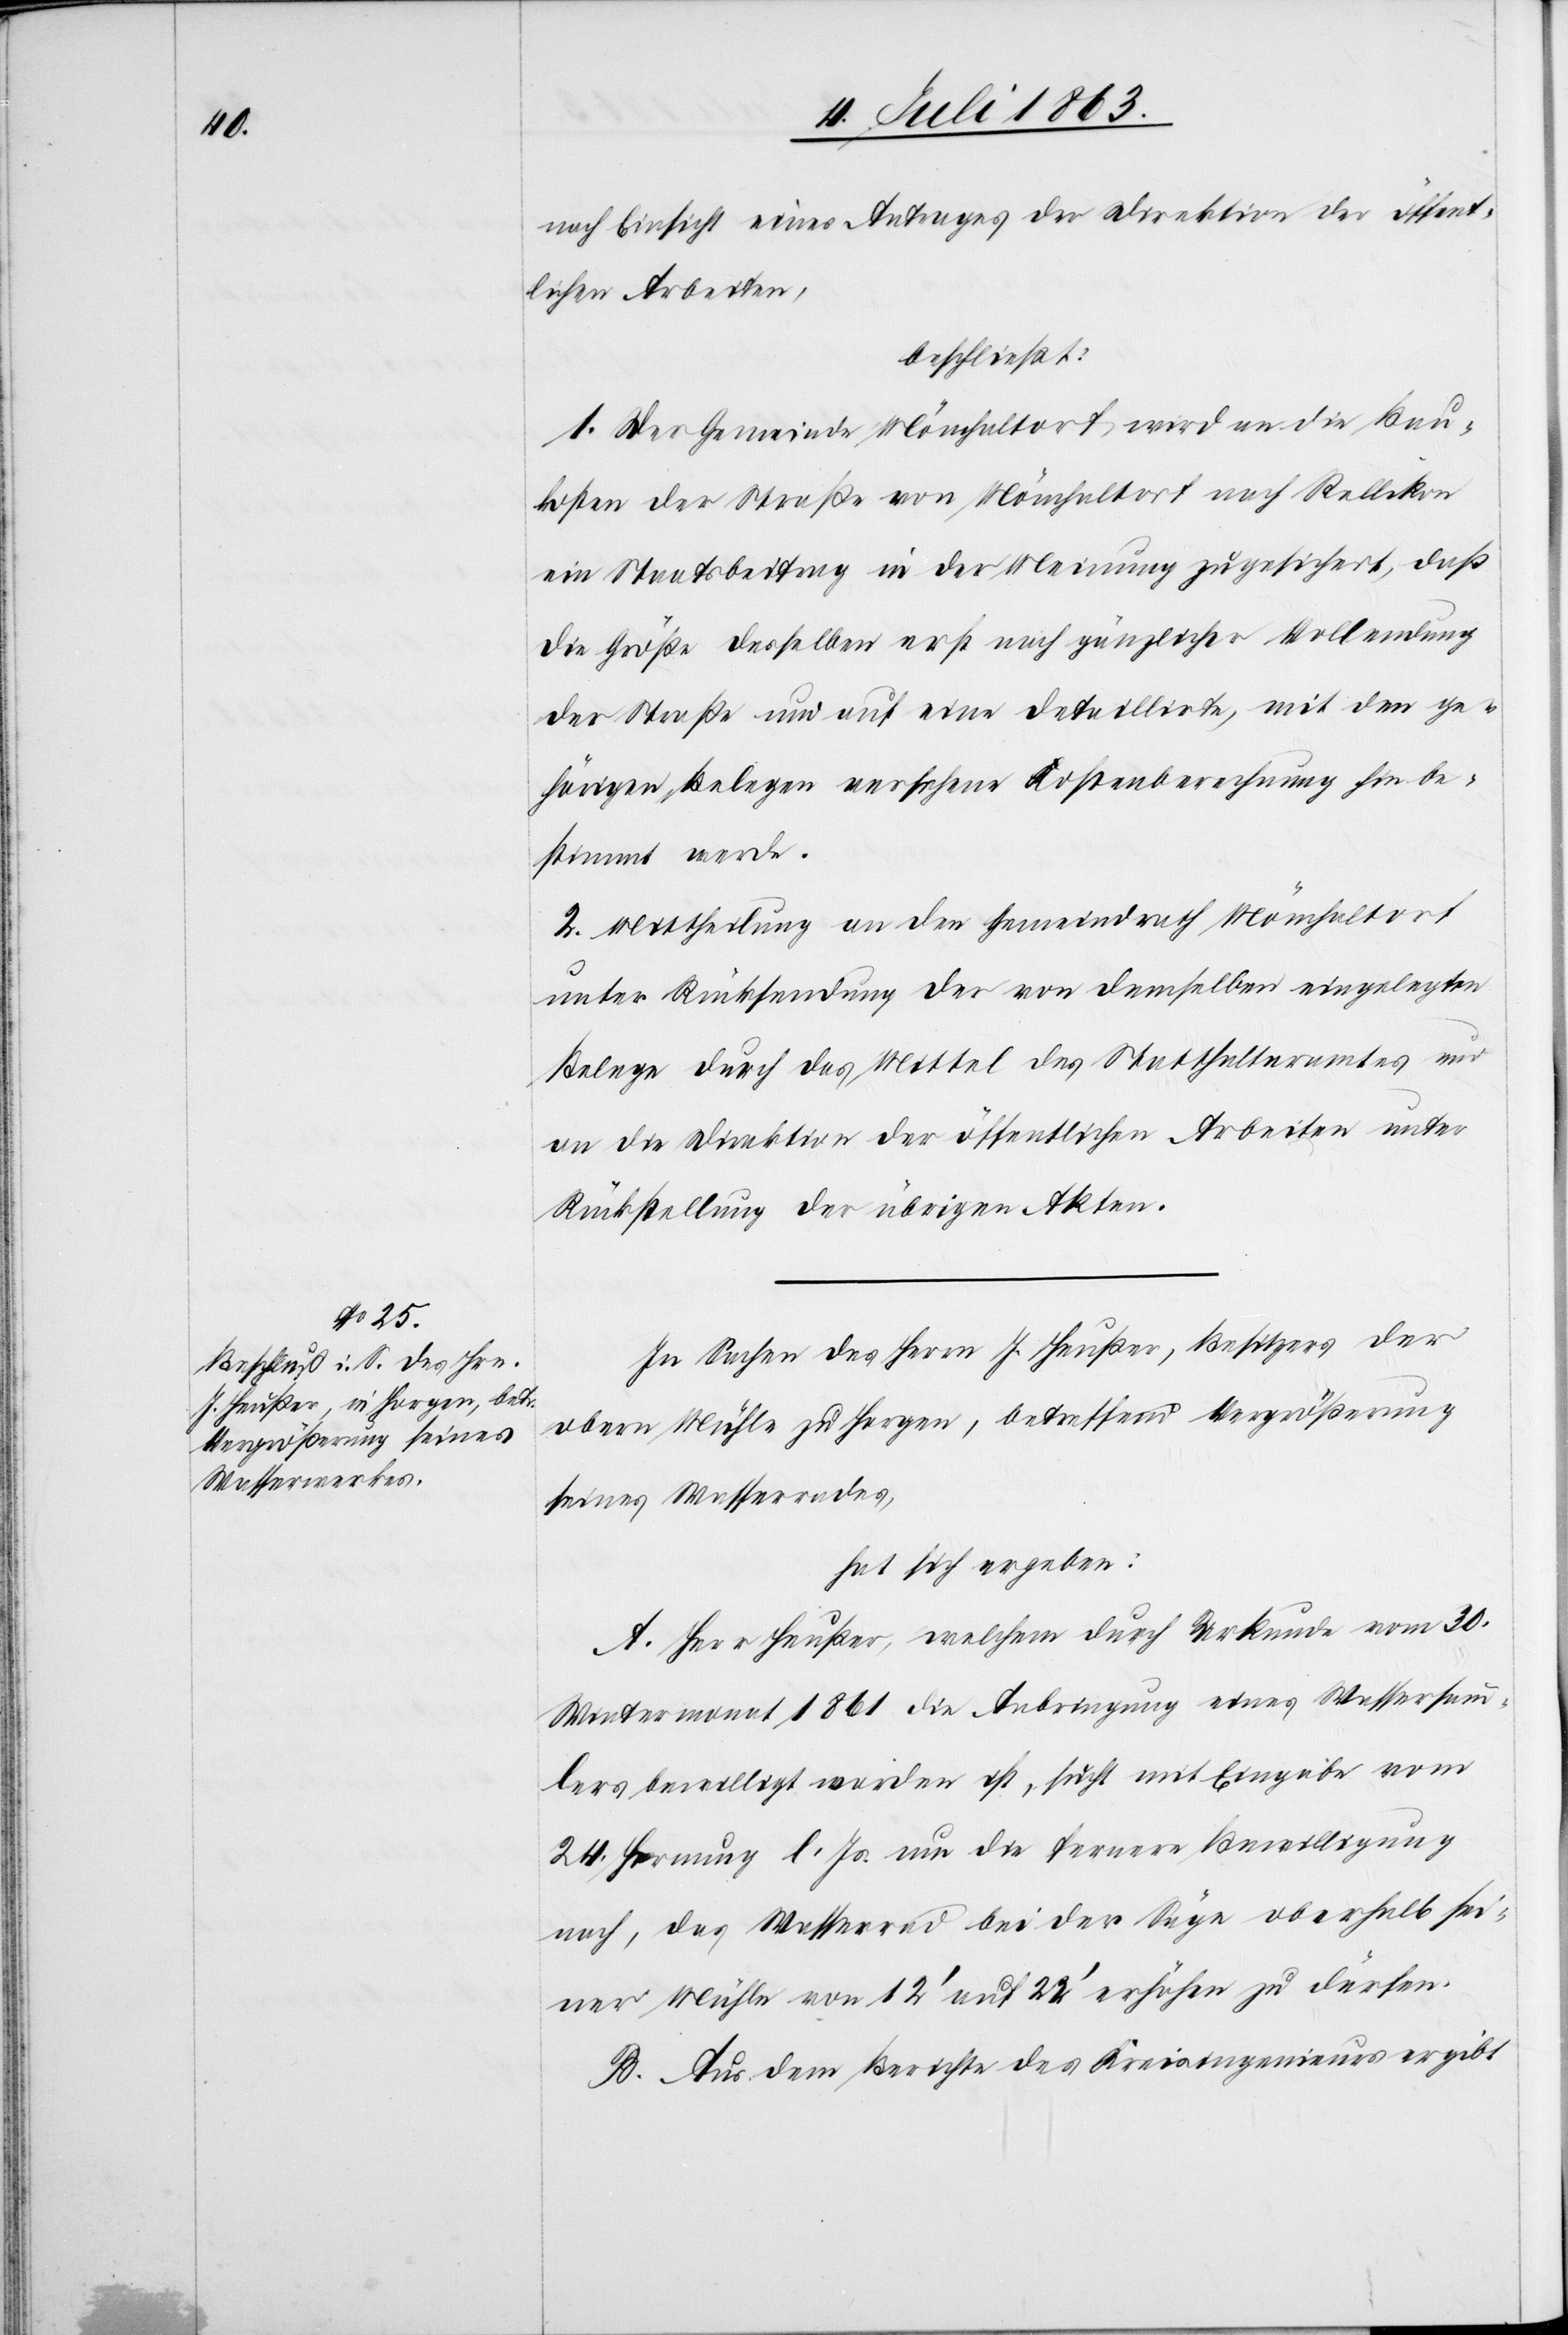
nach Einsicht eines Antrages der Direktion der öffent¬
lichen Arbeiten,
beschließt:
1. Der Gemeinde Mönchaltorf wird an die Bau¬
kosten der Straße von Mönchaltorf nach Rellikon
ein Staatsbeitrag in der Meinung zugesichert, daß
die Größe desselben erst nach gänzlicher Vollendung
der Straße und auf eine detaillirte, mit den ge¬
hörigen Belegen versehene Kostenberechnung hin be¬
stimmt werde.
2. Mittheilung an den Gemeindrath Mönchaltorf
unter Rücksendung der von demselben eingelegten
Belege durch das Mittel des Statthalteramtes und
an die Direktion der öffentlichen Arbeiten unter
Rückstellung der übrigen Akten.
In Sachen des Herrn J. Heußer, Besitzers der
obern Mühle zu Horgen, betreffend Vergrößerung
seines Wasserrades,
hat sich ergeben:
A. Herr Heußer, welchem durch Urkunde vom 30.
Wintermonat 1861 die Anbringung eines Wassersamm¬
lers bewilligt worden ist, sucht mit Eingabe vom
24. Hornung l. Js. um die fernere Bewilligung
nach, das Wasserrad bei der Säge oberhalb sei¬
ner Mühle von 12' und 22' erhöhen zu dürfen.
B. Aus dem Berichte des Kreisingenieurs ergibt